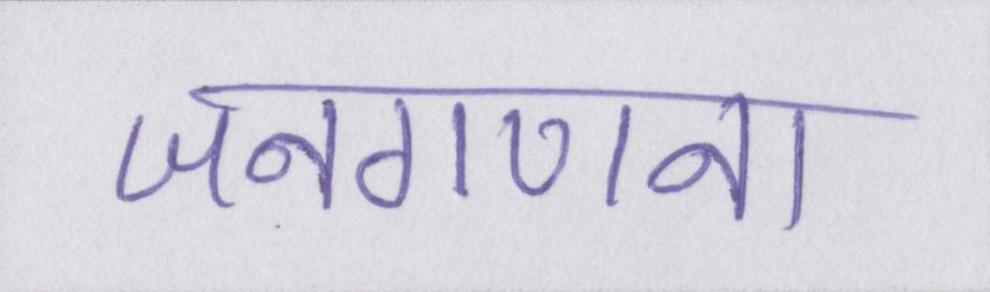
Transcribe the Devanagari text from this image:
जनगणना